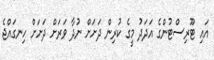
އައި ޓޫރިސްޓުންގެ އަދަދު މީގެ ކުރިން ދަށަށް ނުދާ ވަރަށް ދަށަށް ހިނގައްޖެ